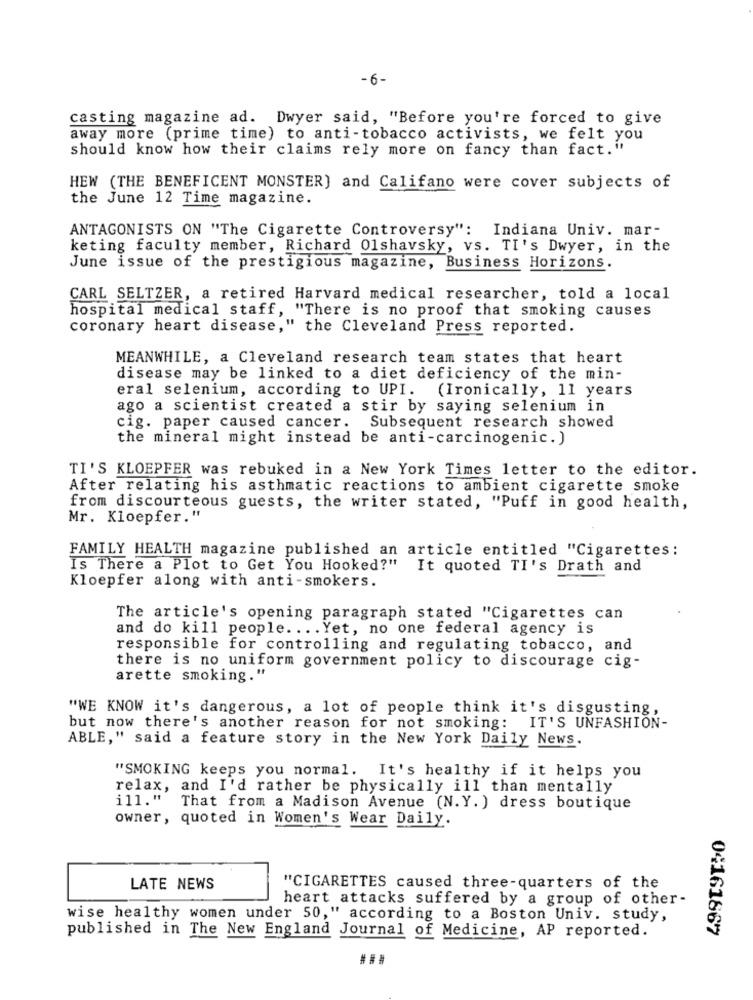
-6-
casting magazine ad. Dwyer said, "Before you're forced to give
away more (prime time) to anti-tobacco activists, we felt you
should know how their claims rely more on fancy than fact."
HEW (THE BENEFICENT MONSTER) and Califano were cover subjects of
the June 12 Time magazine.
ANTAGONISTS ON "The Cigarette Controversy": Indiana Univ. mar-
keting faculty member, Richard 01shavsky, vs. TI's Dwyer, in the
June issue of the prestigious magazine, Business Horizons.
CARL SELTZER, a retired Harvard medical researcher, told a local
hospital medical staff, "There is no proof that smoking causes
coronary heart disease," the Cleveland Press reported.
MEANWHILE, a Cleveland research team states that heart
disease may be linked to a diet deficiency of the min-
eral selenium, according to UPI. (Ironically, 11 years
ago a scientist created a stir by saying selenium in
cig. paper caused cancer. Subsequent research showed
the mineral might instead be anti-carcinogenic.)
TI'S KLOEPFER was rebuked in a New York Times letter to the editor.
After relating his asthmatic reactions to ambient cigarette smoke
from discourteous guests, the writer stated, "Puff in good health,
Mr. Kloepfer."
FAMILY HEALTH magazine published an article entitled "Cigarettes:
Is There a Plot to Get You Hooked?"
It quoted TI's Drath and
Kloepfer along with anti-smokers.
The article's opening paragraph stated "Cigarettes can
and do kill people .... Yet, no one federal agency is
responsible for controlling and regulating tobacco, and
there is no uniform government policy to discourage cig-
arette smoking."
"WE KNOW it's dangerous, a lot of people think it's disgusting,
but now there's another reason for not smoking: IT'S UNFASHION-
ABLE," said a feature story in the New York Daily News.
"SMOKING keeps you normal. It's healthy if it helps you
relax, and I'd rather be physically ill than mentally
ill." That from a Madison Avenue (N.Y.) dress boutique
owner, quoted in Women's Wear Daily.
LATE NEWS
"CIGARETTES caused three-quarters of the
heart attacks suffered by a group of other-
wise healthy women under 50," according to a Boston Univ. study,
04161867
published in The New England Journal of Medicine, AP reported.